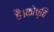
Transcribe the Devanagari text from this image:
है।कोच्चि